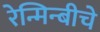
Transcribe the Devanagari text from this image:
रेन्मिन्बीचे